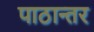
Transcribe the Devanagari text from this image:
पाठान्तर